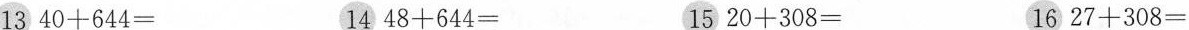
13 $$ 40 + 644 = $$ 14 $$ 48 + 644 = $$ 15 $$ 20 + 308 = $$ 16 $$ 27 + 308 = $$